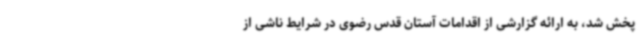
پخش شد، به ارائه گزارشی از اقدامات آستان قدس رضوی در شرایط ناشی از